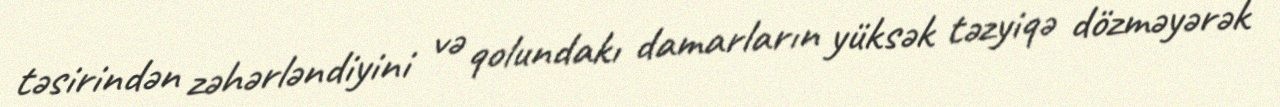
təsirindən zəhərləndiyini və qolundakı damarların yüksək təzyiqə dözməyərək